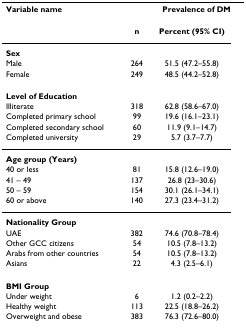
| Variable name | <COLSPAN=2> Prevalence of DM |
 |  | n | Percent (95% CI) |
 | --- | --- | --- |
 | Sex |  |  |
 | Male | 264 | 51.5 (47.2–55.8) |
 | Female | 249 | 48.5 (44.2–52.8) |
 | Level of Education |  |  |
 | Illiterate | 318 | 62.8 (58.6–67.0) |
 | Completed primary school | 99 | 19.6 (16.1–23.1) |
 | Completed secondary school | 60 | 11.9 (9.1–14.7) |
 | Completed university | 29 | 5.7 (3.7–7.7) |
 | Age group (Years) |  |  |
 | 40 or less | 81 | 15.8 (12.6–19.0) |
 | 41 – 49 | 137 | 26.8 (23–30.6) |
 | 50 – 59 | 154 | 30.1 (26.1–34.1) |
 | 60 or above | 140 | 27.3 (23.4–31.2) |
 | Nationality Group |  |  |
 | UAE | 382 | 74.6 (70.8–78.4) |
 | Other GCC citizens | 54 | 10.5 (7.8–13.2) |
 | Arabs from other countries | 54 | 10.5 (7.8–13.2) |
 | Asians | 22 | 4.3 (2.5–6.1) |
 | BMI Group |  |  |
 | Under weight | 6 | 1.2 (0.2–2.2) |
 | Healthy weight | 113 | 22.5 (18.8–26.2) |
 | Overweight and obese | 383 | 76.3 (72.6–80.0) |